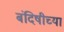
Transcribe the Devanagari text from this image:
बंदिषीच्या